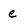
Character: e